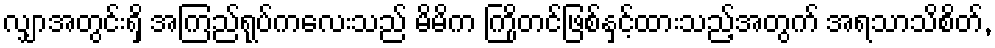
လျှာအတွင်းရှိ အကြည်ရုပ်ကလေးသည် မိမိက ကြိုတင်ဖြစ်နှင့်ထားသည့်အတွက် အရသာသိစိတ်,